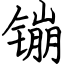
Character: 镚